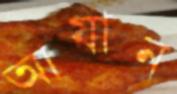
আযান